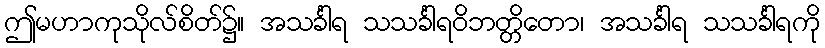
ဤမဟာကုသိုလ်စိတ်၌။ အသင်္ခါရ သသင်္ခါရဝိဘတ္တိတော၊ အသင်္ခါရ သသင်္ခါရကို